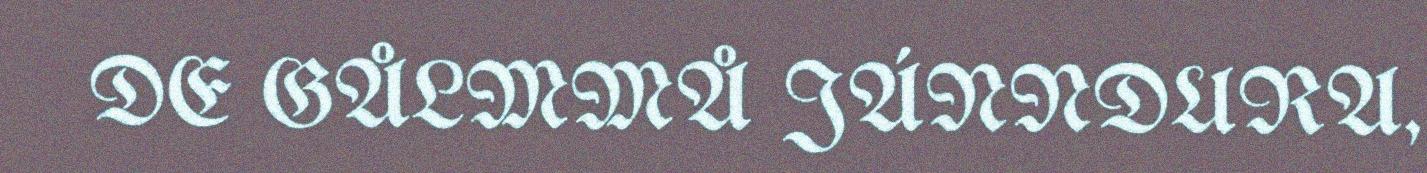
DE GÅLMMÅ JÁNNDURA,